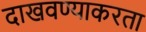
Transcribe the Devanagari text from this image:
दाखवण्याकरता